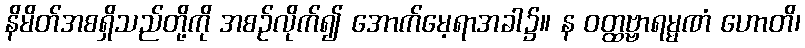
နိမိတ်အစရှိသည်တို့ကို အစဉ်လိုက်၍ အောက်မေ့ရာအခါ၌။ န ဝတ္ထဗ္ဗာရမ္မဏံ ဟောတိ၊